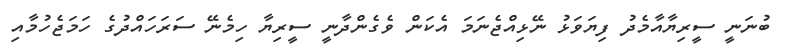
ބުނަނީ ސީރިޔާއާމެދު ފިޔަވަޅު ނޭޅިއްޖެނަމަ އެކަން ވެގެންދާނީ ސީރިޔާ ހިމެނޭ ސަރަހައްދުގެ ހަމަޖެހުމާއި